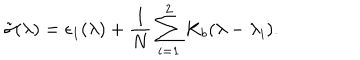
LaTeX: \tilde { \sigma } ( \lambda ) = \epsilon _ { 1 } ( \lambda ) + { \frac { 1 } { N } } \sum _ { i = 1 } ^ { 2 } K _ { b } ( \lambda - \lambda _ { i } ) .